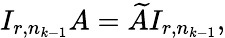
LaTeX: I_{r,n_{k-1}}A=\widetilde{A}I_{r,n_{k-1}},